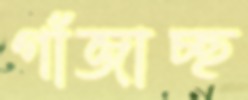
গাঁজাচ্ছ